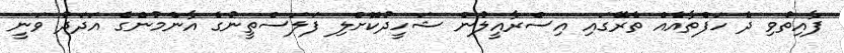
ފާއިތުވި ދެ ހަފްތާއެއް ތެރޭގައި އިސްރާއީލުން ޝަހީދުކޮށްލި ފަލަސްތީނުގެ އާންމުންގެ އަދަދު ވަނީ